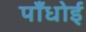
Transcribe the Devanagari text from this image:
पाँधोई